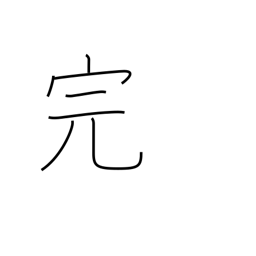
Meaning: end